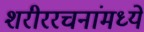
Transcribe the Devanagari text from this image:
शरीररचनांमध्ये